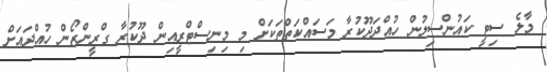
މާލެ ސިޓީ ކައުންސިލުން ހުއްދަދޫކުރާ މަސައްކަތްތަކަށް މި މިނިސްޓްރީއިން ދޫކުރާ ގްރީންޒޯން ހުއްދައަށް